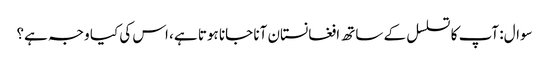
سوال: آپ کا تسلسل کے ساتھ افغانستان آنا جانا ہوتا ہے، اس کی کیا وجہ ہے؟